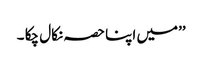
’’میں اپنا حصہ نکال چکا ۔